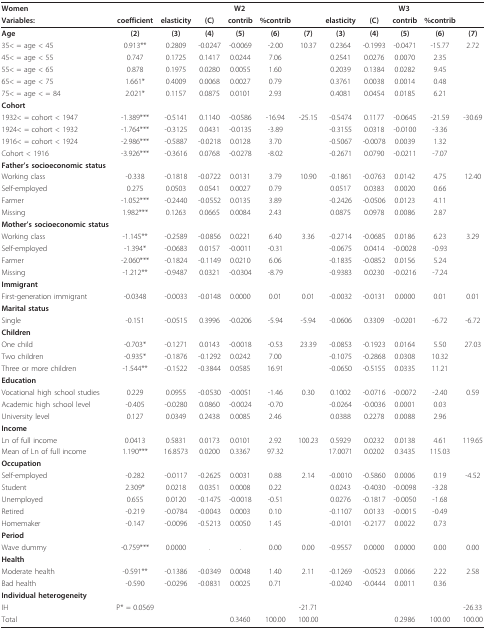
<table><thead><tr><td><b>Women</b></td><td></td><td colspan="5"><b>W2</b></td><td colspan="5"><b>W3</b></td></tr><tr><td><b>Variables:</b></td><td><b>coefficient</b></td><td><b>elasticity</b></td><td><b>(C)</b></td><td><b>contrib</b></td><td><b>%contrib</b></td><td></td><td><b>elasticity</b></td><td><b>(C)</b></td><td><b>contrib</b></td><td><b>%contrib</b></td><td></td></tr></thead><tbody><tr><td><b>Age</b></td><td><b>(2)</b></td><td><b>(3)</b></td><td><b>(4)</b></td><td><b>(5)</b></td><td><b>(6)</b></td><td><b>(7)</b></td><td><b>(3)</b></td><td><b>(4)</b></td><td><b>(5)</b></td><td><b>(6)</b></td><td><b>(7)</b></td></tr><tr><td>35&lt; = age &lt; 45</td><td>0.913**</td><td>0.2809</td><td>-0.0247</td><td>-0.0069</td><td>-2.00</td><td>10.37</td><td>0.2364</td><td>-0.1993</td><td>-0.0471</td><td>-15.77</td><td>2.72</td></tr><tr><td>45&lt; = age &lt; 55</td><td>0.747</td><td>0.1725</td><td>0.1417</td><td>0.0244</td><td>7.06</td><td></td><td>0.2541</td><td>0.0276</td><td>0.0070</td><td>2.35</td><td></td></tr><tr><td>55&lt; = age &lt; 65</td><td>0.878</td><td>0.1975</td><td>0.0280</td><td>0.0055</td><td>1.60</td><td></td><td>0.2039</td><td>0.1384</td><td>0.0282</td><td>9.45</td><td></td></tr><tr><td>65&lt; = age &lt; 75</td><td>1.661*</td><td>0.4009</td><td>0.0068</td><td>0.0027</td><td>0.79</td><td></td><td>0.3761</td><td>0.0038</td><td>0.0014</td><td>0.48</td><td></td></tr><tr><td>75&lt; = age &lt; = 84</td><td>2.021*</td><td>0.1157</td><td>0.0875</td><td>0.0101</td><td>2.93</td><td></td><td>0.4081</td><td>0.0454</td><td>0.0185</td><td>6.21</td><td></td></tr><tr><td><b>Cohort</b></td><td></td><td></td><td></td><td></td><td></td><td></td><td></td><td></td><td></td><td></td><td></td></tr><tr><td>1932&lt; = cohort &lt; 1947</td><td>-1.389***</td><td>-0.5141</td><td>0.1140</td><td>-0.0586</td><td>-16.94</td><td>-25.15</td><td>-0.5474</td><td>0.1177</td><td>-0.0645</td><td>-21.59</td><td>-30.69</td></tr><tr><td>1924&lt; = cohort &lt; 1932</td><td>-1.764***</td><td>-0.3125</td><td>0.0431</td><td>-0.0135</td><td>-3.89</td><td></td><td>-0.3155</td><td>0.0318</td><td>-0.0100</td><td>-3.36</td><td></td></tr><tr><td>1916&lt; = cohort &lt; 1924</td><td>-2.986***</td><td>-0.5887</td><td>-0.0218</td><td>0.0128</td><td>3.70</td><td></td><td>-0.5067</td><td>-0.0078</td><td>0.0039</td><td>1.32</td><td></td></tr><tr><td>Cohort &lt; 1916</td><td>-3.926***</td><td>-0.3616</td><td>0.0768</td><td>-0.0278</td><td>-8.02</td><td></td><td>-0.2671</td><td>0.0790</td><td>-0.0211</td><td>-7.07</td><td></td></tr><tr><td><b>Father&#x27;s socioeconomic status</b></td><td></td><td></td><td></td><td></td><td></td><td></td><td></td><td></td><td></td><td></td><td></td></tr><tr><td>Working class</td><td>-0.338</td><td>-0.1818</td><td>-0.0722</td><td>0.0131</td><td>3.79</td><td>10.90</td><td>-0.1861</td><td>-0.0763</td><td>0.0142</td><td>4.75</td><td>12.40</td></tr><tr><td>Self-employed</td><td>0.275</td><td>0.0503</td><td>0.0541</td><td>0.0027</td><td>0.79</td><td></td><td>0.0517</td><td>0.0383</td><td>0.0020</td><td>0.66</td><td></td></tr><tr><td>Farmer</td><td>-1.052***</td><td>-0.2440</td><td>-0.0552</td><td>0.0135</td><td>3.89</td><td></td><td>-0.2426</td><td>-0.0506</td><td>0.0123</td><td>4.11</td><td></td></tr><tr><td>Missing</td><td>1.982***</td><td>0.1263</td><td>0.0665</td><td>0.0084</td><td>2.43</td><td></td><td>0.0875</td><td>0.0978</td><td>0.0086</td><td>2.87</td><td></td></tr><tr><td><b>Mother&#x27;s socioeconomic status</b></td><td></td><td></td><td></td><td></td><td></td><td></td><td></td><td></td><td></td><td></td><td></td></tr><tr><td>Working class</td><td>-1.145**</td><td>-0.2589</td><td>-0.0856</td><td>0.0221</td><td>6.40</td><td>3.36</td><td>-0.2714</td><td>-0.0685</td><td>0.0186</td><td>6.23</td><td>3.29</td></tr><tr><td>Self-employed</td><td>-1.394*</td><td>-0.0683</td><td>0.0157</td><td>-0.0011</td><td>-0.31</td><td></td><td>-0.0675</td><td>0.0414</td><td>-0.0028</td><td>-0.93</td><td></td></tr><tr><td>Farmer</td><td>-2.060***</td><td>-0.1824</td><td>-0.1149</td><td>0.0210</td><td>6.06</td><td></td><td>-0.1835</td><td>-0.0852</td><td>0.0156</td><td>5.24</td><td></td></tr><tr><td>Missing</td><td>-1.212**</td><td>-0.9487</td><td>0.0321</td><td>-0.0304</td><td>-8.79</td><td></td><td>-0.9383</td><td>0.0230</td><td>-0.0216</td><td>-7.24</td><td></td></tr><tr><td><b>Immigrant</b></td><td></td><td></td><td></td><td></td><td></td><td></td><td></td><td></td><td></td><td></td><td></td></tr><tr><td>First-generation immigrant</td><td>-0.0348</td><td>-0.0033</td><td>-0.0148</td><td>0.0000</td><td>0.01</td><td>0.01</td><td>-0.0032</td><td>-0.0131</td><td>0.0000</td><td>0.01</td><td>0.01</td></tr><tr><td><b>Marital status</b></td><td></td><td></td><td></td><td></td><td></td><td></td><td></td><td></td><td></td><td></td><td></td></tr><tr><td>Single</td><td>-0.151</td><td>-0.0515</td><td>0.3996</td><td>-0.0206</td><td>-5.94</td><td>-5.94</td><td>-0.0606</td><td>0.3309</td><td>-0.0201</td><td>-6.72</td><td>-6.72</td></tr><tr><td><b>Children</b></td><td></td><td></td><td></td><td></td><td></td><td></td><td></td><td></td><td></td><td></td><td></td></tr><tr><td>One child</td><td>-0.703*</td><td>-0.1271</td><td>0.0143</td><td>-0.0018</td><td>-0.53</td><td>23.39</td><td>-0.0853</td><td>-0.1923</td><td>0.0164</td><td>5.50</td><td>27.03</td></tr><tr><td>Two children</td><td>-0.935*</td><td>-0.1876</td><td>-0.1292</td><td>0.0242</td><td>7.00</td><td></td><td>-0.1075</td><td>-0.2868</td><td>0.0308</td><td>10.32</td><td></td></tr><tr><td>Three or more children</td><td>-1.544**</td><td>-0.1522</td><td>-0.3844</td><td>0.0585</td><td>16.91</td><td></td><td>-0.0650</td><td>-0.5155</td><td>0.0335</td><td>11.21</td><td></td></tr><tr><td><b>Education</b></td><td></td><td></td><td></td><td></td><td></td><td></td><td></td><td></td><td></td><td></td><td></td></tr><tr><td>Vocational high school studies</td><td>0.229</td><td>0.0955</td><td>-0.0530</td><td>-0.0051</td><td>-1.46</td><td>0.30</td><td>0.1002</td><td>-0.0716</td><td>-0.0072</td><td>-2.40</td><td>0.59</td></tr><tr><td>Academic high school level</td><td>-0.405</td><td>-0.0280</td><td>0.0860</td><td>-0.0024</td><td>-0.70</td><td></td><td>-0.0264</td><td>-0.0036</td><td>0.0001</td><td>0.03</td><td></td></tr><tr><td>University level</td><td>0.127</td><td>0.0349</td><td>0.2438</td><td>0.0085</td><td>2.46</td><td></td><td>0.0388</td><td>0.2278</td><td>0.0088</td><td>2.96</td><td></td></tr><tr><td><b>Income</b></td><td></td><td></td><td></td><td></td><td></td><td></td><td></td><td></td><td></td><td></td><td></td></tr><tr><td>Ln of full income</td><td>0.0413</td><td>0.5831</td><td>0.0173</td><td>0.0101</td><td>2.92</td><td>100.23</td><td>0.5929</td><td>0.0232</td><td>0.0138</td><td>4.61</td><td>119.65</td></tr><tr><td>Mean of Ln of full income</td><td>1.190***</td><td>16.8573</td><td>0.0200</td><td>0.3367</td><td>97.32</td><td></td><td>17.0071</td><td>0.0202</td><td>0.3435</td><td>115.03</td><td></td></tr><tr><td><b>Occupation</b></td><td></td><td></td><td></td><td></td><td></td><td></td><td></td><td></td><td></td><td></td><td></td></tr><tr><td>Self-employed</td><td>-0.282</td><td>-0.0117</td><td>-0.2625</td><td>0.0031</td><td>0.88</td><td>2.14</td><td>-0.0010</td><td>-0.5860</td><td>0.0006</td><td>0.19</td><td>-4.52</td></tr><tr><td>Student</td><td>2.309*</td><td>0.0218</td><td>0.0351</td><td>0.0008</td><td>0.22</td><td></td><td>0.0243</td><td>-0.4030</td><td>-0.0098</td><td>-3.28</td><td></td></tr><tr><td>Unemployed</td><td>0.655</td><td>0.0120</td><td>-0.1475</td><td>-0.0018</td><td>-0.51</td><td></td><td>0.0276</td><td>-0.1817</td><td>-0.0050</td><td>-1.68</td><td></td></tr><tr><td>Retired</td><td>-0.219</td><td>-0.0784</td><td>-0.0043</td><td>0.0003</td><td>0.10</td><td></td><td>-0.1107</td><td>0.0133</td><td>-0.0015</td><td>-0.49</td><td></td></tr><tr><td>Homemaker</td><td>-0.147</td><td>-0.0096</td><td>-0.5213</td><td>0.0050</td><td>1.45</td><td></td><td>-0.0101</td><td>-0.2177</td><td>0.0022</td><td>0.73</td><td></td></tr><tr><td><b>Period</b></td><td></td><td></td><td></td><td></td><td></td><td></td><td></td><td></td><td></td><td></td><td></td></tr><tr><td>Wave dummy</td><td>-0.759***</td><td>0.0000</td><td>.</td><td>.</td><td>0.00</td><td>0.00</td><td>-0.9557</td><td>0.0000</td><td>0.0000</td><td>0.00</td><td>0.00</td></tr><tr><td><b>Health</b></td><td></td><td></td><td></td><td></td><td></td><td></td><td></td><td></td><td></td><td></td><td></td></tr><tr><td>Moderate health</td><td>-0.591**</td><td>-0.1386</td><td>-0.0349</td><td>0.0048</td><td>1.40</td><td>2.11</td><td>-0.1269</td><td>-0.0523</td><td>0.0066</td><td>2.22</td><td>2.58</td></tr><tr><td>Bad health</td><td>-0.590</td><td>-0.0296</td><td>-0.0831</td><td>0.0025</td><td>0.71</td><td></td><td>-0.0240</td><td>-0.0444</td><td>0.0011</td><td>0.36</td><td></td></tr><tr><td><b>Individual heterogeneity</b></td><td></td><td></td><td></td><td></td><td></td><td></td><td></td><td></td><td></td><td></td><td></td></tr><tr><td>IH</td><td>P* = 0.0569</td><td></td><td></td><td></td><td></td><td>-21.71</td><td></td><td></td><td></td><td></td><td>-26.33</td></tr><tr><td>Total</td><td></td><td></td><td></td><td>0.3460</td><td>100.00</td><td>100.00</td><td></td><td></td><td>0.2986</td><td>100.00</td><td>100.00</td></tr></tbody></table>